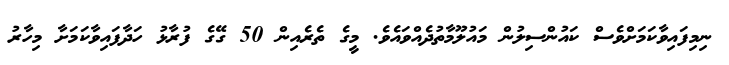
ނިމިފައިވާކަމަށްވެސް ކައުންސިލުން މައުލޫމާތުދެއްވައެވެ. މީގެ ތެރެއިން 50 ގޭގެ ފުރާޅު ހަދާފައިވާކަމަށާ މިހާރު